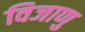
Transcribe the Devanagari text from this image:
विजाणु